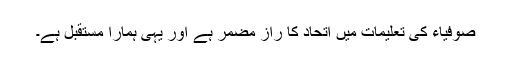
صوفیاء کی تعلیمات میں اتحاد کا راز مضمر ہے اور یہی ہمارا مستقبل ہے۔